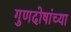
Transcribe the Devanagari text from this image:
गुणदोषांच्या